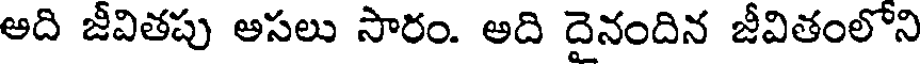
అది జీవితపు అసలు సారం. అది దైనందిన జీవితంలోని